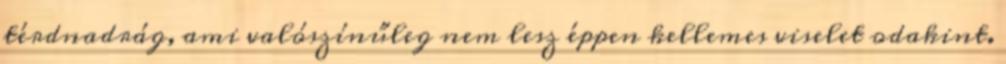
térdnadrág, ami valószínűleg nem lesz éppen kellemes viselet odakint.